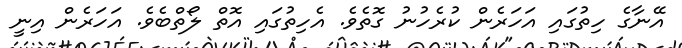
އޭނާގެ ހިތުގައި އަހަރެން ކުރެހުނު ގޮތެވެ. އެހިތުގައި އޮތް ލޯތްބެވެ. އަހަރެން އިނީ